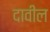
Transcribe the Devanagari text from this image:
दावील